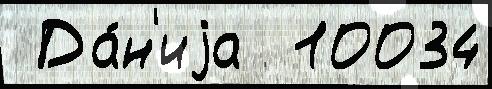
 Да́н'иjа  10034